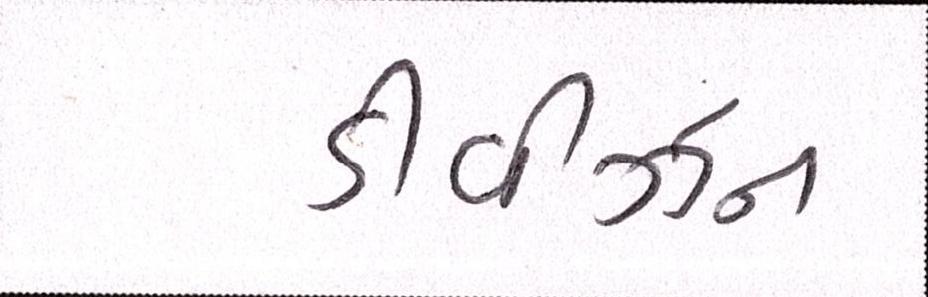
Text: ડીવીઝન